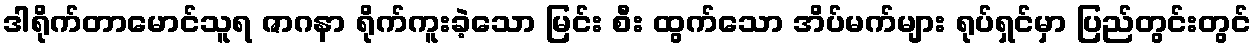
ဒါရိုက်တာမောင်သူရ ဇာဂနာ ရိုက်ကူးခဲ့သော မြင်း စီး ထွက်သော အိပ်မက်များ ရုပ်ရှင်မှာ ပြည်တွင်းတွင်